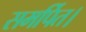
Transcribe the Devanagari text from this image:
समर्पित।